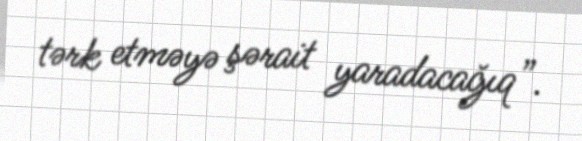
tərk etməyə şərait yaradacağıq”.